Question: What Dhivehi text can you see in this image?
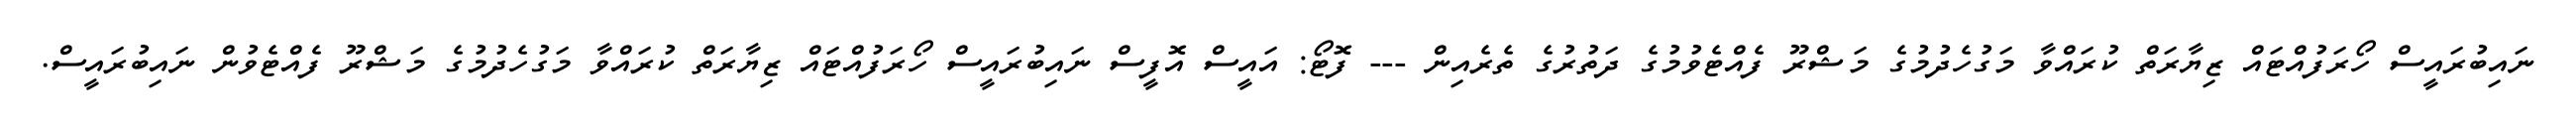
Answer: ނައިބުރައީސް ހޯރަފުއްޓައް ޒިޔާރަތް ކުރައްވާ މަގުހެދުމުގެ މަޝްރޫ ފެއްޓެވުމުގެ ދަތުރުގެ ތެރެއިން --- ފޮޓޯ: އައީސް އޮފީސް ނައިބުރައީސް ހޯރަފުއްޓައް ޒިޔާރަތް ކުރައްވާ މަގުހެދުމުގެ މަޝްރޫ ފެއްޓެވުން ނައިބުރައީސް.